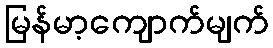
မြန်မာ့ကျောက်မျက်